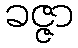
ခဇ္ဇာ